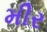
મીર